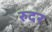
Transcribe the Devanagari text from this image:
रुदर